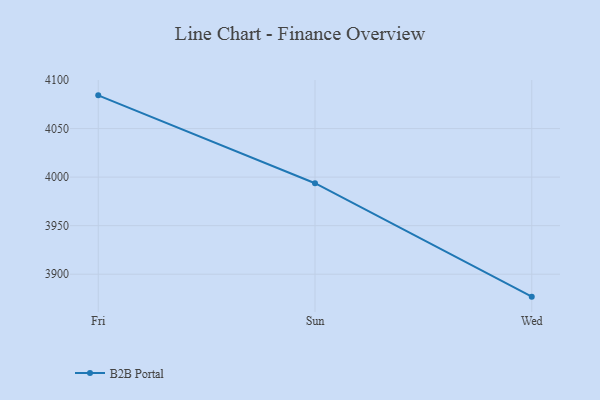
{"axis": {"x": "Day", "y": "Churn Rate (%)"}, "legend": ["B2B Portal"], "data": [{"x": "Fri", "y": 4084.2, "type": "B2B Portal"}, {"x": "Sun", "y": 3993.7, "type": "B2B Portal"}, {"x": "Wed", "y": 3876.9, "type": "B2B Portal"}]}